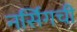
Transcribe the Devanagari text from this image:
नर्सिगची